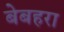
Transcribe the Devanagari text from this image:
बेबहरा